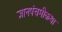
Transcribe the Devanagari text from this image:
ज्ञानपंचमीकथा